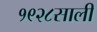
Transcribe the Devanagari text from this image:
१९२८साली